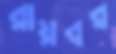
রায়বর